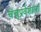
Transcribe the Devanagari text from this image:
चंचुप्रवेशाला